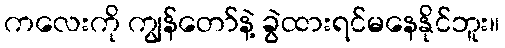
ကလေးကို ကျွန်တော်နဲ့ ခွဲထားရင်မနေနိုင်ဘူး။